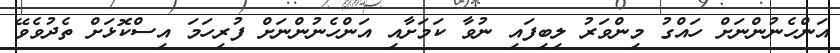
އަންހެނުންނަށް ހައްގު މިންވަރު ލިބިފައި ނުވާ ކަމަށާއި އަންހެނުންނަށް ފުރިހަމަ އިސްކޮޅަށް ތެދުވެވޭ